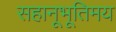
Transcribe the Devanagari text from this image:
सहानूभूतिमय